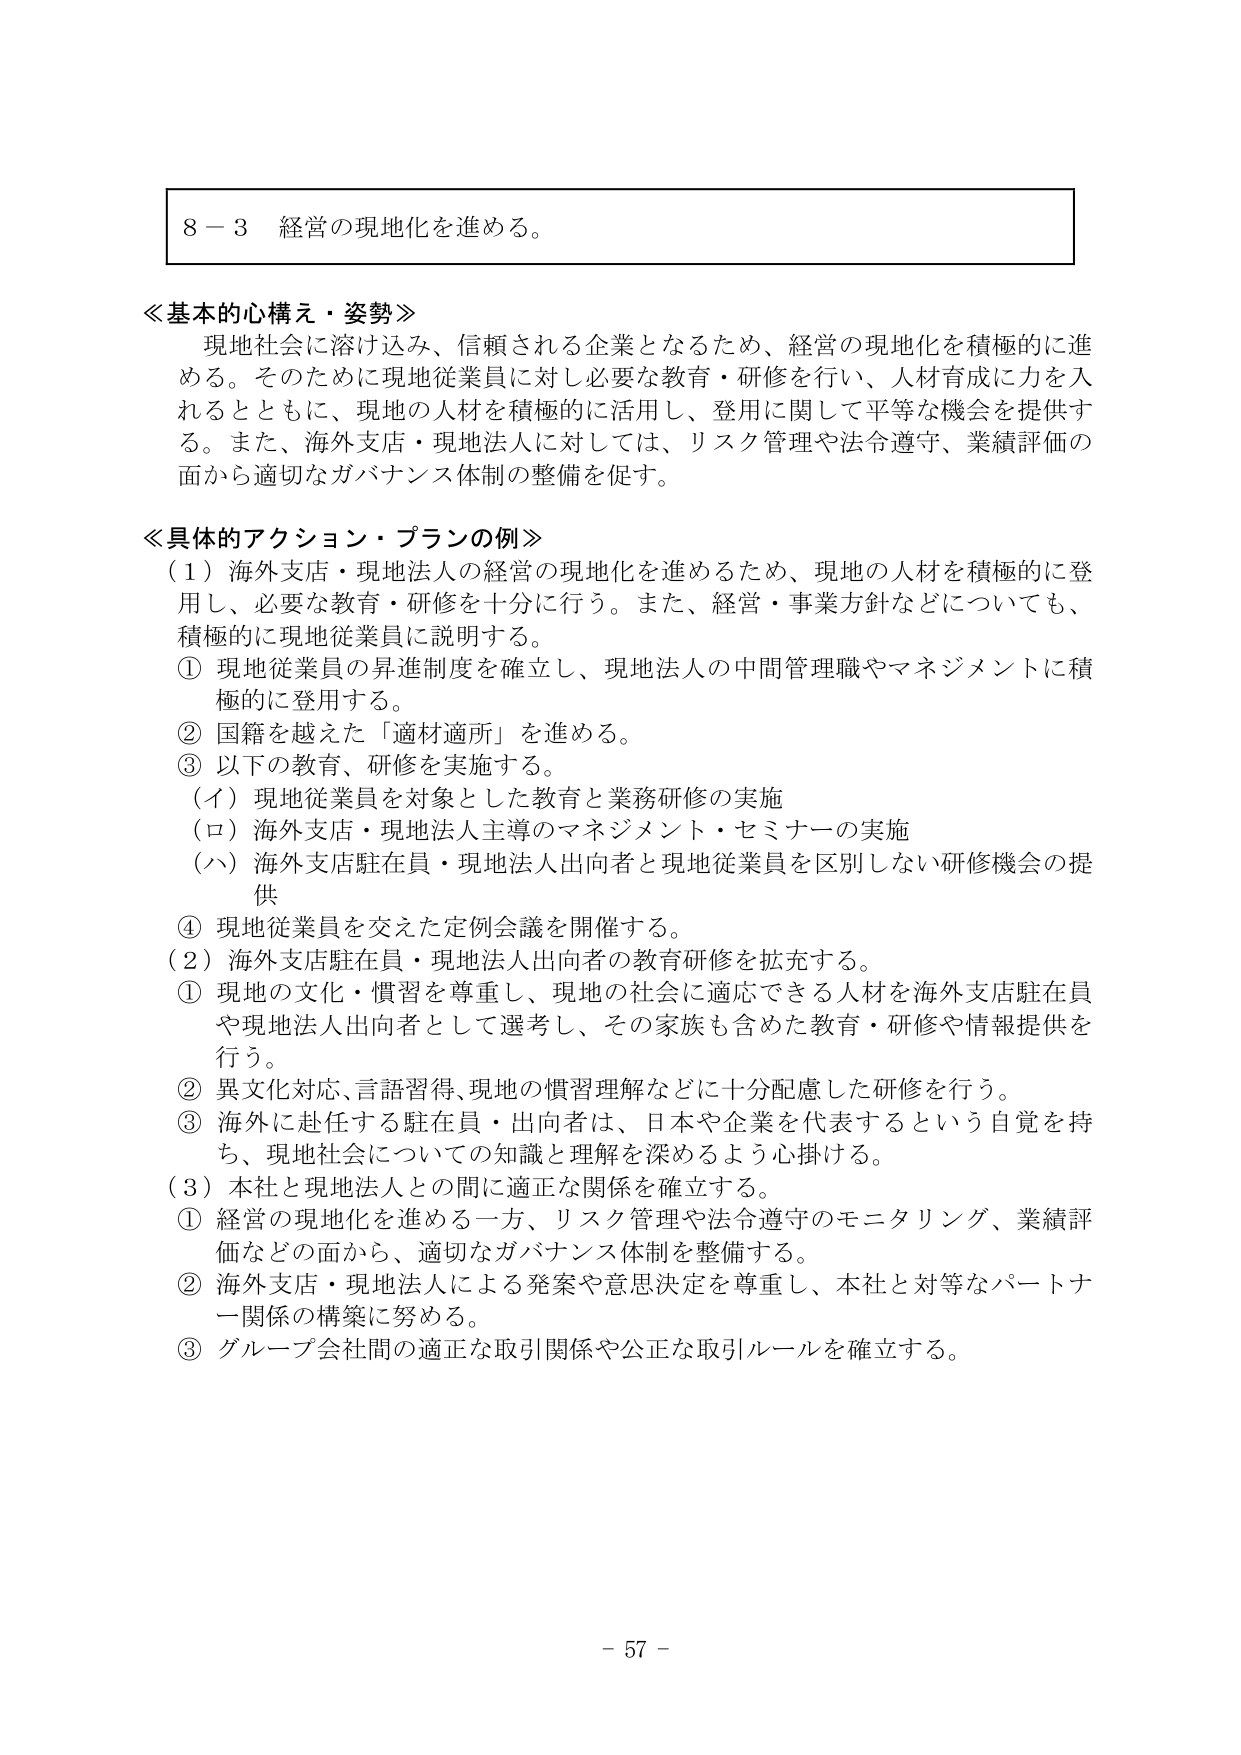
8－3 経営の現地化を進める。

≪基本的心構え・姿勢≫
現地社会に溶け込み、信頼される企業となるため、経営の現地化を積極的に進める。そのために現地従業員に対し必要な教育・研修を行い、人材育成に力を入れるとともに、現地の人材を積極的に活用し、登用に関して平等な機会を提供する。また、海外支店・現地法人に対しては、リスク管理や法令遵守、業績評価の面から適切なガバナンス体制の整備を促す。

≪具体的アクション・プランの例≫
（1）海外支店・現地法人の経営の現地化を進めるため、現地の人材を積極的に登用し、必要な教育・研修を十分に行う。また、経営・事業方針などについても、積極的に現地従業員に説明する。
① 現地従業員の昇進制度を確立し、現地法人の中間管理職やマネジメントに積極的に登用する。
② 国籍を越えた「適材適所」を進める。
③ 以下の教育、研修を実施する。
（イ）現地従業員を対象とした教育と業務研修の実施
（ロ）海外支店・現地法人主導のマネジメント・セミナーの実施
（ハ）海外支店駐在員・現地法人出向者と現地従業員を区別しない研修機会の提供
④ 現地従業員を交えた定例会議を開催する。
（2）海外支店駐在員・現地法人出向者の教育研修を拡充する。
① 現地の文化・慣習を尊重し、現地の社会に適応できる人材を海外支店駐在員や現地法人出向者として選考し、その家族も含めた教育・研修や情報提供を行う。
② 異文化対応、言語習得、現地の慣習理解などに十分配慮した研修を行う。
③ 海外に赴任する駐在員・出向者は、日本や企業を代表するという自覚を持ち、現地社会についての知識と理解を深めるよう心掛ける。
（3）本社と現地法人との間に適正な関係を確立する。
① 経営の現地化を進める一方、リスク管理や法令遵守のモニタリング、業績評価などの面から、適切なガバナンス体制を整備する。
② 海外支店・現地法人による発案や意思決定を尊重し、本社と対等なパートナー関係の構築に努める。
③ グループ会社間の適正な取引関係や公正な取引ルールを確立する。

－ 57 －